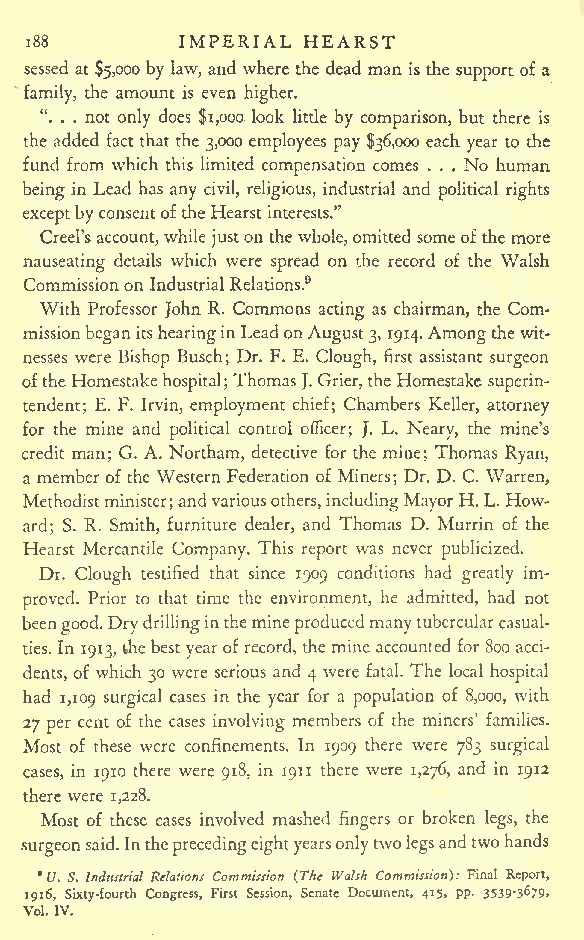
IMPERIAL HEARST
 i88
 sessed at $5,000 by law, and where the dead man is the support of a
 family, the amount is even higher.
 ". . . not only does $1,000. look little by comparison, but there is
 the added fact that the 3,000 employees pay $36,000 each year to the
 fund from which this limited compensation comes . . . No human
 being in Lead has any civil, religious, industrial and political rights
 exceptbyconsentoftheHearstinterests."
 Creel'saccount,while justonthe whole,omitted someofthe more
 nauseating details which were spread on the record of the Walsh
 Commissionon Industrial Relations.9
 With Professor John R. Commons acting as chairman, the Com-
 missionbeganitshearinginLeadon August3, 1914.Amongthewit-
 nesses were Bishop Busch; Dr. F. E. Clough, first assistant surgeon
 oftheHomestake
 hospital;
 Thomas J.Grier,theHomestake
 superin-
 tendent; E. F. Irvin, employment chief; Chambers Keller, attorney
 for the mine and political control officer; J. L. Neary, the mine's
 credit man; G. A. Northam, detective for the mine; Thomas Ryan,
 a memberofthe Western Federation of Miners; Dr. D. C. Warren,
 Methodistminister;andvariousothers,includingMayorH.L.How-
 ard; S. R. Smith, furniture dealer, and Thomas D. Murrin of the
 Hearst Mercantile Company. This report was never publicized.
 Dr. Clough testified that since 1909 conditions had greatly im-
 proved. Prior to that time the environment, he admitted, had not
 beengood.Drydrillinginthemine producedmanytubercularcasual-
 ties. In 1913, thebestyearofrecord, the mine accounted for 800 acci-
 dents, of which 30 were serious and 4 were fatal. The local hospital
 had 1,109 surgical cases in the year for a population of 8,000, with
 27 per cent of the cases involving members of the miners' families.
 Most of these were confinements. In 1909 there were 783 surgical
 cases, in 1910 there were 918, in 1911 there were 1,276, and in 1912
 there were 1,228.
 Most of these cases involved mashed fingers or broken legs, the
 surgeonsaid.Intheprecedingeightyearsonlytwo legsandtwohands
 9 7. S. Industrial Relations Commission (The Walsh Commission}: Final Report,
 1916, Sixty-fourth Congress, First Session, Senate Document, 415, pp. 3539'3679
 Vol. IV.